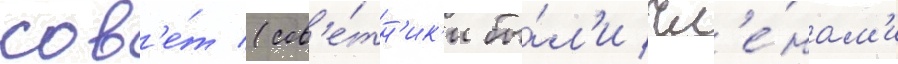
сов'е́т (сов'е́тн'ик'и бы́л'и чл'е́нам'и